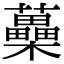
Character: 蘽